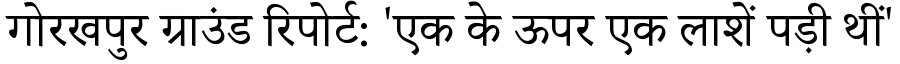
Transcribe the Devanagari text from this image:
गोरखपुर ग्राउंड रिपोर्ट: 'एक के ऊपर एक लाशें पड़ी थीं'